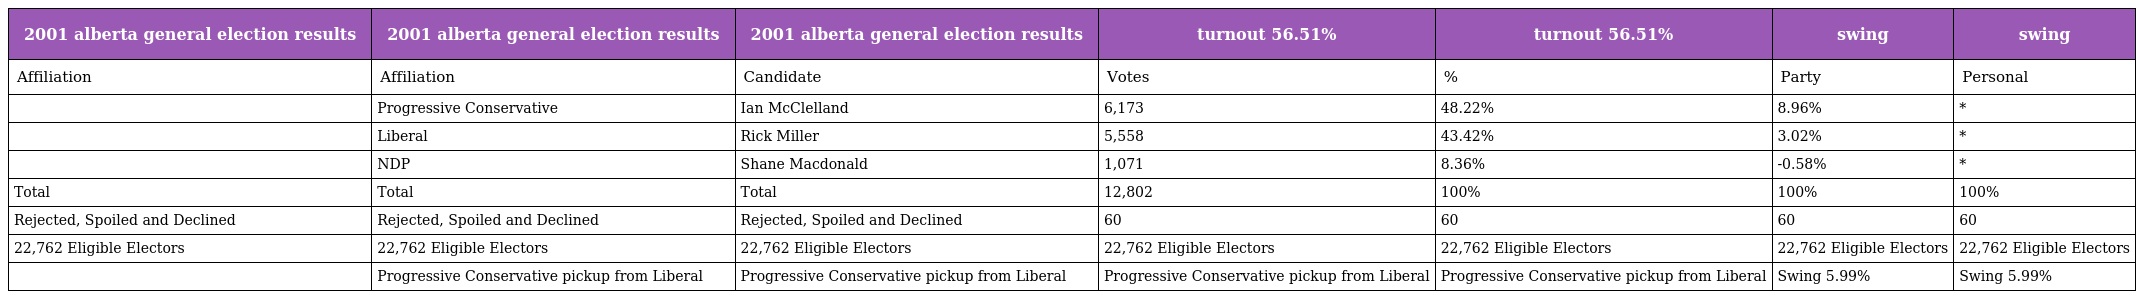
| 2001 alberta general election results | 2001 alberta general election results | 2001 alberta general election results | turnout 56.51% | turnout 56.51% | swing | swing |
 | --- | --- | --- | --- | --- | --- | --- |
 | Affiliation | Affiliation | Candidate | Votes | % | Party | Personal |
 |  | Progressive Conservative | Ian McClelland | 6,173 | 48.22% | 8.96% | * |
 |  | Liberal | Rick Miller | 5,558 | 43.42% | 3.02% | * |
 |  | NDP | Shane Macdonald | 1,071 | 8.36% | -0.58% | * |
 | Total | Total | Total | 12,802 | 100% | 100% | 100% |
 | Rejected, Spoiled and Declined | Rejected, Spoiled and Declined | Rejected, Spoiled and Declined | 60 | 60 | 60 | 60 |
 | 22,762 Eligible Electors | 22,762 Eligible Electors | 22,762 Eligible Electors | 22,762 Eligible Electors | 22,762 Eligible Electors | 22,762 Eligible Electors | 22,762 Eligible Electors |
 |  | Progressive Conservative pickup from Liberal | Progressive Conservative pickup from Liberal | Progressive Conservative pickup from Liberal | Progressive Conservative pickup from Liberal | Swing 5.99% | Swing 5.99% |